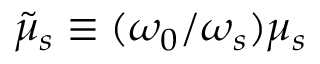
\tilde { \mu } _ { s } \equiv ( \omega _ { 0 } / \omega _ { s } ) \mu _ { s }